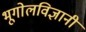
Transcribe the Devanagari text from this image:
भूगोलविज्ञानी